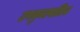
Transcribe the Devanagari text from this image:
उपकुलपतित्व